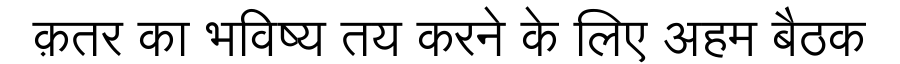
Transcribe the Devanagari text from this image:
क़तर का भविष्य तय करने के लिए अहम बैठक